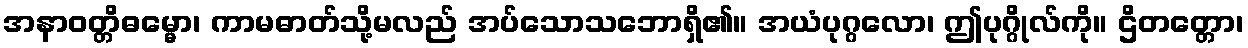
အနာဝတ္တိဓမ္မော၊ ကာမဓာတ်သို့မလည် အပ်သောသဘောရှိ၏။ အယံပုဂ္ဂလော၊ ဤပုဂ္ဂိုလ်ကို။ ဌိတတ္တော၊